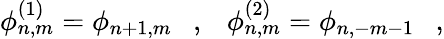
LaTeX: \phi_{n,m}^{(1)}=\phi_{n+1,m}~~~,~~~\phi_{n,m}^{(2)}=\phi_{n,-m-1}~~~,